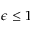
\epsilon \leq 1